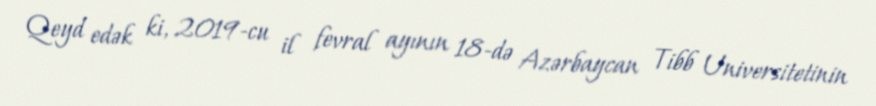
Qeyd edək ki, 2019-cu il fevral ayının 18-də Azərbaycan Tibb Universitetinin